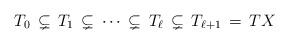
LaTeX: \begin{align*}T_0 \,\subsetneq\, T_1\, \subsetneq\, \cdots \, \subsetneq\, T_{\ell} \,\subsetneq\, T_{\ell+1}\,=\, TX\end{align*}